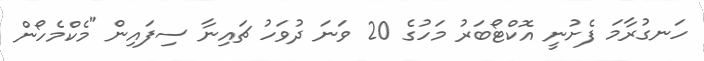
ހަނގުރާމަ ފެށުނީ އޮކްޓޯބަރު މަހުގެ 20 ވަނަ ދުވަހު ޗައިނާ ސިފައިން "މެކްމެހޯން